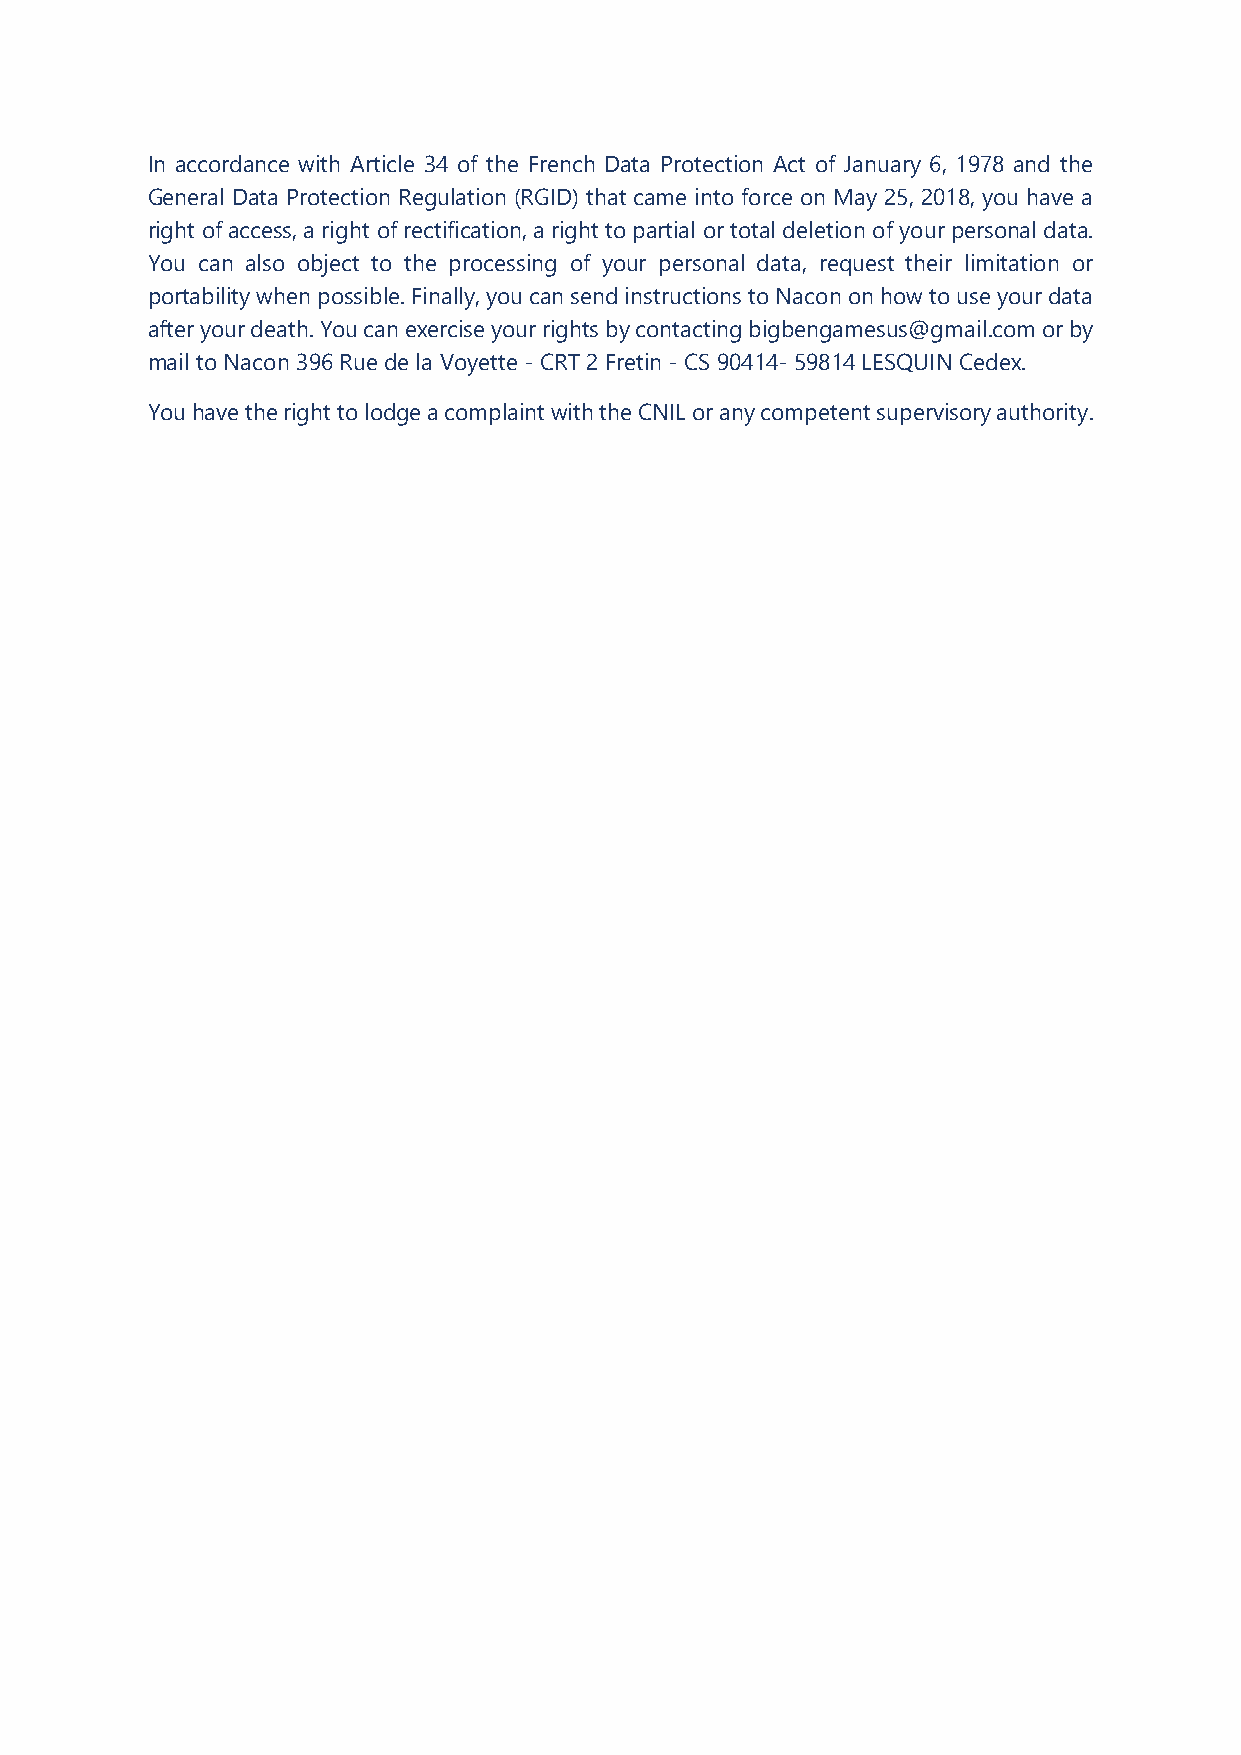
In accordance with Article 34 of the French Data Protection Act of January 6, 1978 and the
 General Data Protection Regulation (RGID) that came into force on May 25, 2018, you have a
 right of access, a right of rectification, a right to partial or total deletion of your personal data.
 You can also object to the processing of your personal data, request their limitation or
 portability when possible. Finally, you can send instructions to Nacon on how to use your data
 after your death. You can exercise your rights by contacting bigbengamesus@gmail.com or by
 mail to Nacon 396 Rue de la Voyette - CRT 2 Fretin - CS 90414- 59814 LESQUIN Cedex.
 You have the right to lodge a complaint with the CNIL or any competent supervisory authority.